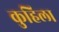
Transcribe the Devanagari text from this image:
कुहिला